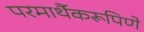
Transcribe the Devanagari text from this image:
परमार्थैकरूपिणे